Leaving Certificate Examination, 1915
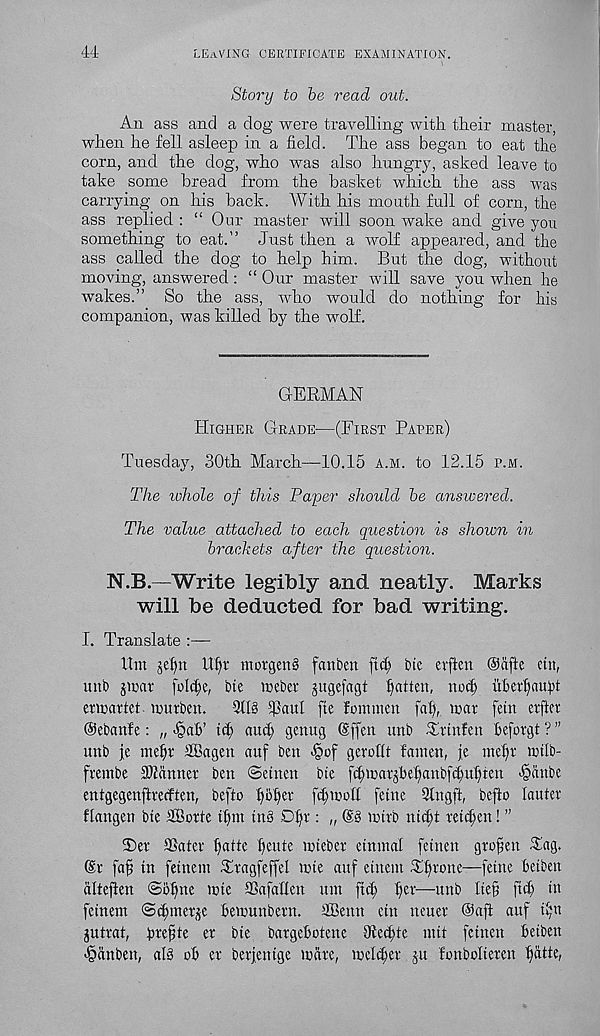
44
LEAVING certificate examination.
Story to be read out.
An ass and a clog were travelling with their master,
when he fell asleep in a field. The ass began to eat the
corn, and the dog, who was also hungry, asked leave to
take some bread from the basket which the ass was
carrying on his hack. With his mouth full of corn, the
ass replied : “ Our master will soon wake and give you
something to eat.” Just then a wolf appeared, and the
ass called the dog to help him. But the dog, without
moving, answered: “ Our master will save you when he
wakes.” So the ass, who would do nothing for his
companion, was killed by the wolf.
GERMAN
Higher Grade—(First Paper)
Tuesday, 30th March—10.15 a.m. to 12.15 p.m.
The whole of this Paper should be answered.
The value attached to each question is shown in
brackets after the question.
N.B—Write legibly and neatly. Marks
will be deducted for bad writing.
I. Translate :—
Urn jefyn ltl)r morgenS fa it ben )xd) bic erften Oafte etn,
unb jiuar fold)?, bte meber jugefagt flatten, nocl) uherfiaubt
ewartet inurben.
3118 33aul fte f cm men fafy mar fetn erfter
Oebanfe: „ <§af>’
aucf; genug (Sffen unb Trinfen heforgt ? ”
unb je mefir 2Bagen auf ben -§of geroflt famen, je mefir mtlb-
frembe Scanner ben @etnen bte fcf;marjbef)anbfi^uf)ten -§anbe
entgegenftrerften, befto f)of)er fit mo ft feme 31ngft, befto tauter
ftangen bte tffiorte tfun tn8 Dfyx : „ @8 mtrb nicft retdjen! ”
2)er Slater Ijatte petite mteber etnmal fetnen groften Siag.
©r faf in fetnem Tragfeffel mte auf etnem Tt)rone—feme hetbett
altefien @of)ne mte SSafaEen um fid; [)er—unb Ite§ fid) in
fetnem ©tfnner^e Bemunbern. iffienn cm neuer @afl auf tf;n
gutrat, Btefte er bte bargehotene 9iec§te mit fetnen Betben
<§dnbett, at8 oB er berjetttge mare, metier ju fonbolteren tjatte,